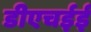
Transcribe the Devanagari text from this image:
डीएचईई